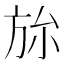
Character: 旀